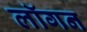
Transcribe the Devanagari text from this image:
लॉगन